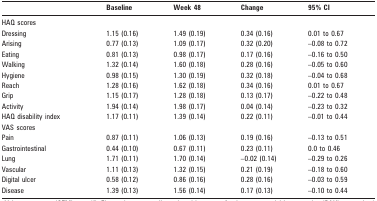
<table><thead><tr><td></td><td><b>Baseline</b></td><td><b>Week 48</b></td><td><b>Change</b></td><td colspan="2"><b>95% CI</b></td></tr></thead><tbody><tr><td>HAQ scores</td><td></td><td></td><td></td><td colspan="2"></td></tr><tr><td>Dressing</td><td>1.15 (0.16)</td><td>1.49 (0.19)</td><td>0.34 (0.16)</td><td colspan="2">0.01 to 0.67</td></tr><tr><td>Arising</td><td>0.77 (0.13)</td><td>1.09 (0.17)</td><td>0.32 (0.20)</td><td colspan="2">–0.08 to 0.72</td></tr><tr><td>Eating</td><td>0.81 (0.13)</td><td>0.98 (0.17)</td><td>0.17 (0.16)</td><td colspan="2">–0.16 to 0.50</td></tr><tr><td>Walking</td><td>1.32 (0.14)</td><td>1.60 (0.18)</td><td>0.28 (0.16)</td><td colspan="2">–0.05 to 0.60</td></tr><tr><td>Hygiene</td><td>0.98 (0.15)</td><td>1.30 (0.19)</td><td>0.32 (0.18)</td><td colspan="2">–0.04 to 0.68</td></tr><tr><td>Reach</td><td>1.28 (0.16)</td><td>1.62 (0.18)</td><td>0.34 (0.16)</td><td colspan="2">0.01 to 0.67</td></tr><tr><td>Grip</td><td>1.15 (0.17)</td><td>1.28 (0.18)</td><td>0.13 (0.17)</td><td colspan="2">–0.22 to 0.48</td></tr><tr><td>Activity</td><td>1.94 (0.14)</td><td>1.98 (0.17)</td><td>0.04 (0.14)</td><td colspan="2">–0.23 to 0.32</td></tr><tr><td>HAQ disability index</td><td>1.17 (0.11)</td><td>1.39 (0.14)</td><td>0.22 (0.11)</td><td colspan="2">–0.01 to 0.44</td></tr><tr><td>VAS scores</td><td></td><td></td><td></td><td colspan="2"></td></tr><tr><td>Pain</td><td>0.87 (0.11)</td><td>1.06 (0.13)</td><td>0.19 (0.16)</td><td colspan="2">–0.13 to 0.51</td></tr><tr><td>Gastrointestinal</td><td>0.44 (0.10)</td><td>0.67 (0.11)</td><td>0.23 (0.11)</td><td colspan="2">0.0 to 0.46</td></tr><tr><td>Lung</td><td>1.71 (0.11)</td><td>1.70 (0.14)</td><td>–0.02 (0.14)</td><td colspan="2">–0.29 to 0.26</td></tr><tr><td>Vascular</td><td>1.11 (0.13)</td><td>1.32 (0.15)</td><td>0.21 (0.19)</td><td colspan="2">–0.18 to 0.60</td></tr><tr><td>Digital ulcer</td><td>0.58 (0.12)</td><td>0.86 (0.16)</td><td>0.28 (0.16)</td><td colspan="2">–0.03 to 0.59</td></tr><tr><td>Disease</td><td>1.39 (0.13)</td><td>1.56 (0.14)</td><td>0.17 (0.13)</td><td colspan="2">–0.10 to 0.44</td></tr></tbody></table>